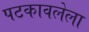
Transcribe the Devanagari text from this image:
पटकावलेला